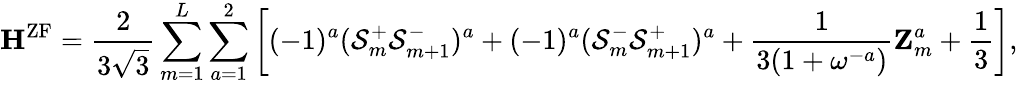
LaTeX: \mathbf{H}^{\mathrm{ZF}}=\frac{2}{3\sqrt{3}}\sum_{m=1}^{L}\sum_{a=1}^{2}\left[(-1)^{a}(\mathcal{S}_{m}^{+}\mathcal{S}_{m+1}^{-})^{a}+(-1)^{a}(\mathcal{S}_{m}^{-}\mathcal{S}_{m+1}^{+})^{a}+\frac{1}{3(1+\omega^{-a})}\mathbf{Z}_{m}^{a}+\frac{1}{3}\right],